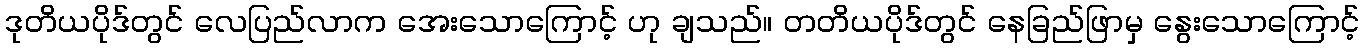
ဒုတိယပိုဒ်တွင် လေပြည်လာက အေးသောကြောင့် ဟု ချသည်။ တတိယပိုဒ်တွင် နေခြည်ဖြာမှ နွေးသောကြောင့်